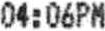
04:06PM